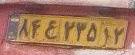
۸۴ع۲۳۵۱۲